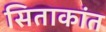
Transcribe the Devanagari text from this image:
सिताकांत